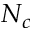
N _ { c }